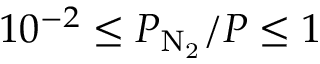
1 0 ^ { - 2 } \le P _ { \mathrm { N _ { 2 } } } / P \le 1